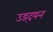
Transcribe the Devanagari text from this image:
उड्दयन